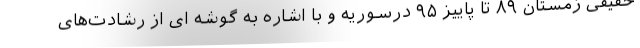
حقیقی زمستان ۸۹ تا پاییز ۹۵ درسوریه و با اشاره به گوشه ای از رشادت‌های